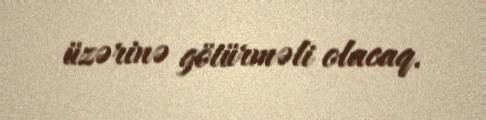
üzərinə götürməli olacaq.